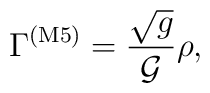
\Gamma^{({\rm M5})} = \frac{\sqrt g}{{\cal G}} \rho,